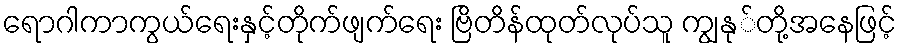
ရောဂါကာကွယ်ရေးနှင့်တိုက်ဖျက်ရေး ဗြိတိန်ထုတ်လုပ်သူ ကျွနု်တို့အနေဖြင့်